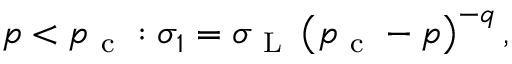
p < p _ { \mathrm { ~ c ~ } } : \sigma _ { 1 } = \sigma _ { \mathrm { ~ L ~ } } \left( p _ { \mathrm { ~ c ~ } } - p \right) ^ { - q } ,